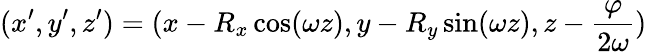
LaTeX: (x^{\prime},y^{\prime},z^{\prime})=(x-R_{x}\cos(\omega z),y-R_{y}\sin(\omega z),z-\frac{\varphi}{2\omega})